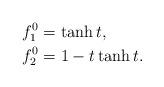
LaTeX: \begin{align*}f^0_1 &= \tanh{t},\\f^0_2 &= 1-t\tanh{t}.\end{align*}